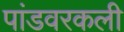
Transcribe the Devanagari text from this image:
पांडवरकली